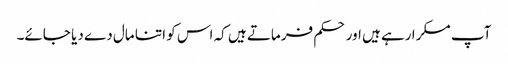
آپ مسکرا رہے ہیں اور حکم فرماتے ہیں کہ اس کو اتنا مال دے دیا جائے۔